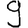
Digit: 9